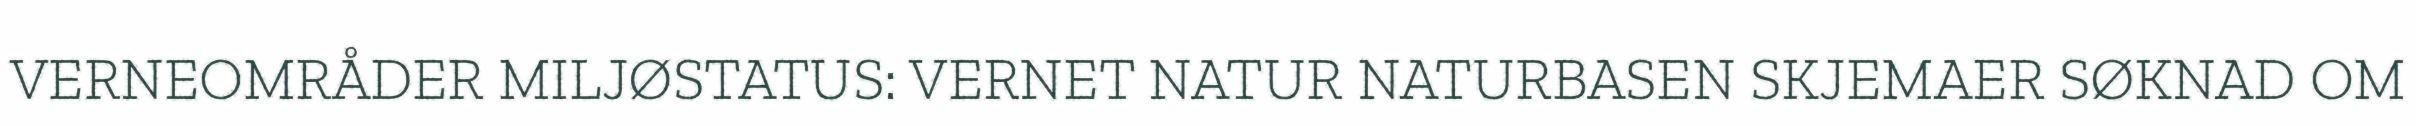
VERNEOMRÅDER MILJØSTATUS: VERNET NATUR NATURBASEN SKJEMAER SØKNAD OM